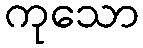
ကုသော